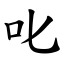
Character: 𠮟